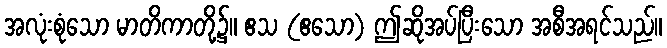
အလုံးစုံသော မာတိကာတို့၌။ ဧသ (ဧသော) ဤဆိုအပ်ပြီးသော အစီအရင်သည်။